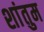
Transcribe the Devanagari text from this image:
शांतुम